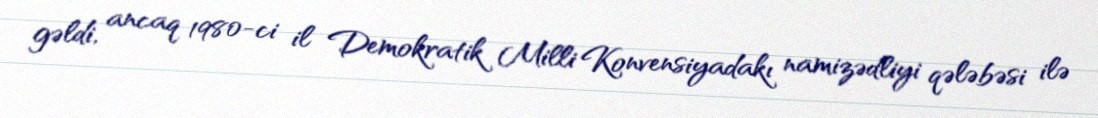
gəldi, ancaq 1980-ci il Demokratik Milli Konvensiyadakı namizədliyi qələbəsi ilə